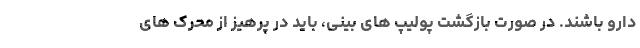
دارو باشند. در صورت بازگشت پولیپ های بینی، باید در پرهیز از محرک های